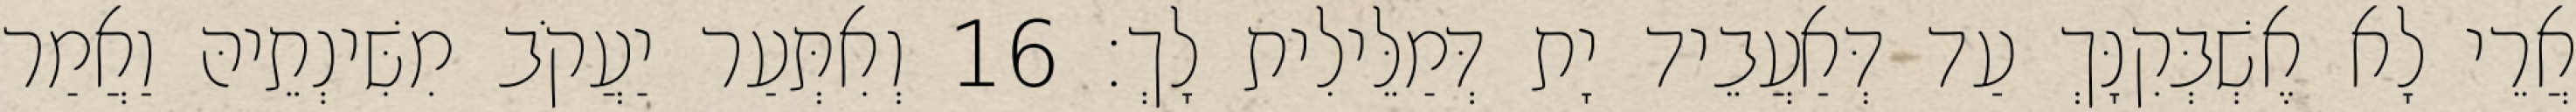
אֲרֵי לָא אֶשְׁבְּקִנָּךְ עַד דְּאַעֲבֵיד יָת דְּמַלֵּילִית לָךְ׃ 16 וְאִתְּעַר יַעֲקֹב מִשִּׁינְתֵיהּ וַאֲמַר